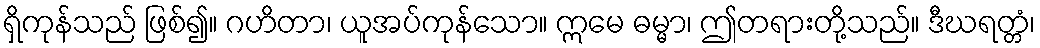
ရှိကုန်သည် ဖြစ်၍။ ဂဟိတာ၊ ယူအပ်ကုန်သော။ ဣမေ ဓမ္မာ၊ ဤတရားတို့သည်။ ဒီဃရတ္တံ၊